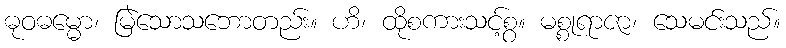
ဓုဝဓမ္မော၊ မြဲသောသဘောတည်း။ ဟိ၊ ထိုစကားသင့်စွ။ မစ္စုရာဇာ၊ သေမင်းသည်။